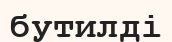
бутилді